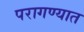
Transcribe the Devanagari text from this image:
परागण्यात